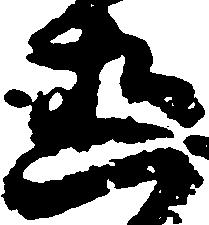
直